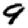
Digit: 9